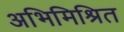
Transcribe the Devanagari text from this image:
अभिमिश्रित